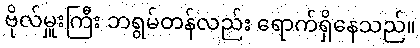
ဗိုလ်မှူးကြီး ဘရွမ်တန်လည်း ရောက်ရှိနေသည်။